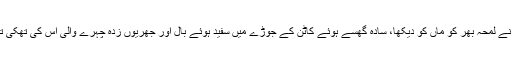
میں کھا چکی، یہ تم کھاؤ میں جانتی ہوں تم نے کچھ نہیں کھایا، وہ تھکاوٹ سے مسکرائیں تو محمل نے لمحہ بھر کو ماں کو دیکھا، سادہ گھسے ہوئے کاٹن کے جوڑے میں سفید ہوئے بال اور جھریوں زدہ چہرے والی اس کی تھکی تھکی بے ضرر سی ماں جو واقعی اس عالی شان کوٹھی کی مالکن ہوتے ہوئے بھی ملازمہ لگتی ہے۔